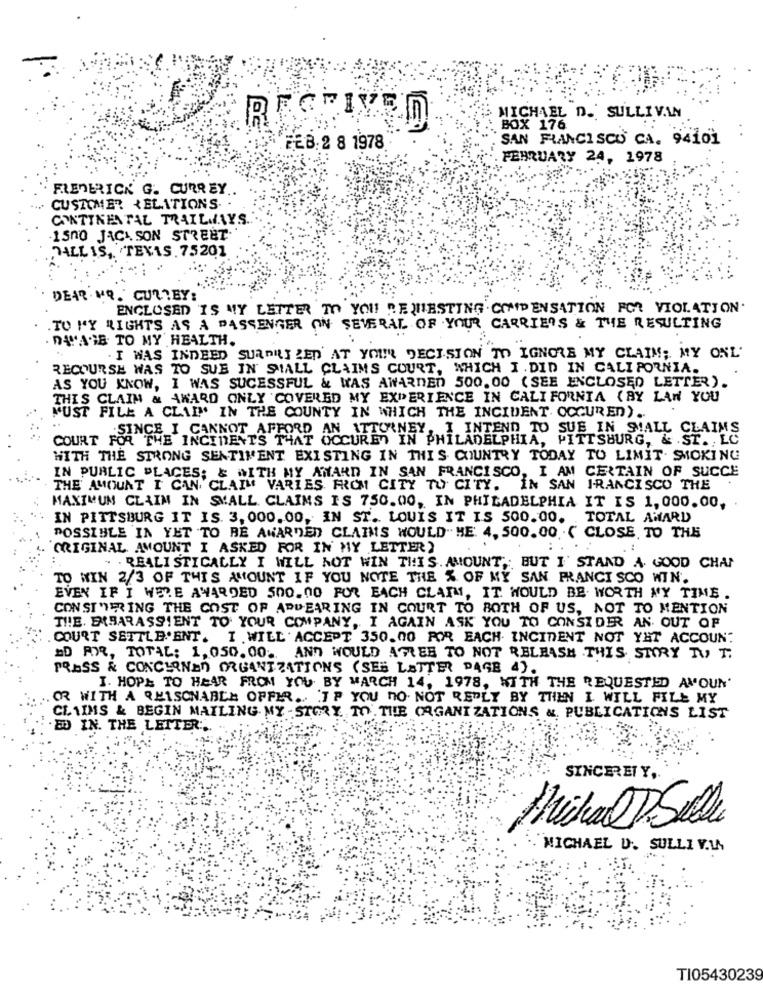
MICHAEL D.SULLIVAN
BOX 176
SAN FRANCISCO CA. 94101
FEB: 2 8 1978
FEBRUARY 24, 1978
FREDERICK G. CURREY
CUSTOMER RELATIONS.
CONTINENTAL TRAILMAAYS
1500 JACA SON STREET
JALLIS, TEXAS. 75201
DEAR.NO. CURLEY:
ENCLOSED IS MY LETTER TO YOU REQUESTING COMPENSATION FOR VIOLATION.
TO MY RIGHTS AS A PASSENGER ON SEVERAL OF YOUR CARRIERS & THE RESULTING
. DATAGE TO MY HEALTH.
. I WAS INDEED SURPRIZED' AT YOUR DECISION TO IGNORE MY CLAIM; MY ONL'
RECOURSE WAS TO SUE IN' SIALL CLAIMS COURT, WHICH I . DID IN CALIFORNIA.
AS YOU KNOW, I WAS SUCESSFUL & WAS AWARDED 500.00 (SEE ENCLOSED LETTER).
THIS CLAIM & AWARD ONLY COVERED MY EXPERIENCE IN CALIFORNIA (BY LAW YOU
MUST FILE A CLAIM' IN THE COUNTY IN WHICH THE INCIDENT OCCURED).
SINCE I CANNOT AFFORD AN ATTORNEY,
I INTEND TO SUE IN SMALL CLAIMS
COURT FOR THE INCIDENT'S THAT OCCURED IN PHILADELPHIA, PITTSBURG, & ST. LC
WITH THE STRONG SENTIMENT EXISTING IN THIS COUNTRY TODAY TO LIMIT. SMOKING
IN PUBLIC PLACES; & WITH MY AWARD IN SAN FRANCISCO, I AM CERTAIN OF SUCCE
THE AMOUNT I CAN CLAIM VARIES FROM CITY TO CITY. IN SAN FRANCISCO THE
MAXIMUM CLAIM IN SMALL CLAIMS IS 750.00, IN PHILADELPHIA IT IS 1, 000.00,
IN PITTSBURG IT IS. 3,000.00, IN ST. LOUIS IT IS 500.00. TOTAL AWARD
POSSIBLE IN YET TO BE AWARDED CLAIMS WOULD. HE 4, 500.00 .( CLOSE, TO THE
ORIGINAL AMOUNT I ASKED FOR IN MY LETTER)
. . REALISTICALLY I WILL NOT WIN THIS. AMOUNT ,; BUT I' STAND A. GOOD CHAP
TO WIN 2/3 OF THIS AMOUNT IF YOU NOTE THE % OF MY SAN FRANCISCO WIN.
EVEN IF I WERE AWARDED 500.00 FOR EACH CLAIM, IT WOULD BE. WORTH MY TIME
CONST"ERING THE COST OF APPEARING IN COURT TO BOTH OF US, NOT TO MENTION
THE. EIBARASSIENT TO YOUR COMPANY, I AGAIN ASK YOU TO CONSIDER AN OUT OF
COURT SETTLEMENT. I . WILL ACCEPT 350.00 FOR EACH INCIDENT NOT YHT ACCOUNT
AD FOR, TOTAL: 1,050.00. AND WOULD AGREE TO NOT RELEASH THIS STORY TO T.
PRASS & CONCERNED ORGANIZATIONS (SES LATTER PAGE 4).
I. HOPE TO HEAR FROM YOU BY MARCH 14, 1978, WITH THE REQUESTED AVOUN'
OR WITH A REASONABLE OFFER .. IF YOU DO NOT REPLY BY THEN I WILL FILL MY
CLAIMS & BEGIN MAILING MY STORY TO THE ORGANIZATIONS & PUBLICATIONS LIST
ED IN. THE LETTER :,
SINCERELY ,.
. MICHAEL D'. SULLI V.W
TI05430239